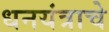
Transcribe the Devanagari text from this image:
धनयंत्राचे